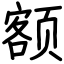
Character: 额